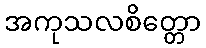
အကုသလစိတ္တော